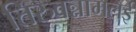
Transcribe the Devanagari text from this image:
तिरुवन्नामलई